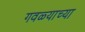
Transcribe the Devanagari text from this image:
गवळ्याच्या